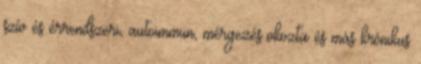
szív és érrendszeri, autoimmun, mérgezés okozta és más krónikus